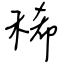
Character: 稀